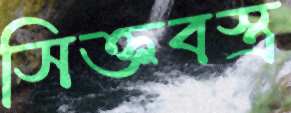
সিক্তবস্ত্র